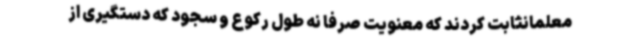
معلمانثابت کردند که معنویت صرفا نه طول رکوع و سجود که دستگیری از